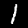
Digit: 1